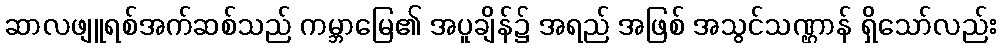
ဆာလဖျူရစ်အက်ဆစ်သည် ကမ္ဘာမြေ၏ အပူချိန်၌ အရည် အဖြစ် အသွင်သဏ္ဌာန် ရှိသော်လည်း